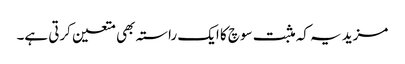
مزید یہ کہ مثبت سوچ کا ایک راستہ بھی متعین کرتی ہے۔